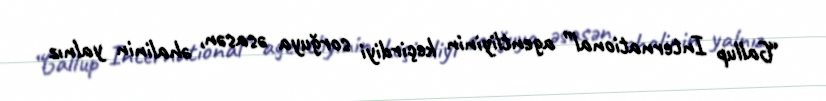
“Gallup International” agentliyinin keçirdiyi sorğuya əsasən, əhalinin yalnız